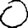
Digit: 0